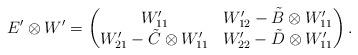
LaTeX: \begin{align*} E'\otimes W'= \begin{pmatrix} W'_{11} & W'_{12}-\tilde{B}\otimes W'_{11} \\ W'_{21}-\tilde{C} \otimes W'_{11} & W'_{22}-\tilde{D} \otimes W'_{11}\end{pmatrix}. \end{align*}